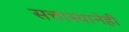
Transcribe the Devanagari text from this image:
सत्तास्थानेही